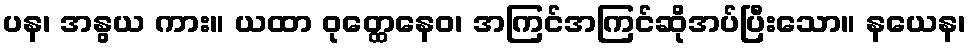
ပန၊ အနွယ ကား။ ယထာ ဝုတ္ထေနေဝ၊ အကြင်အကြင်ဆိုအပ်ပြီးသော။ နယေန၊